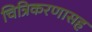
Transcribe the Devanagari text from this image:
चित्रिकरणासह